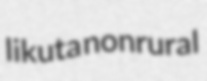
likuta nonrural